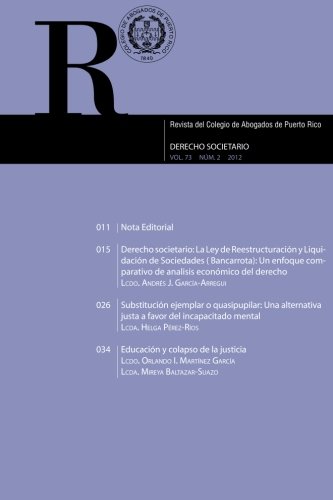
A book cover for Revista del Colegio de Abogados de Puerto Rico: Derecho societario (Spanish Edition); Andres J Garcia-Arregui; Law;